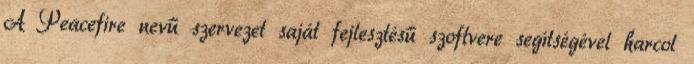
A Peacefire nevű szervezet saját fejlesztésű szoftvere segítségével harcol